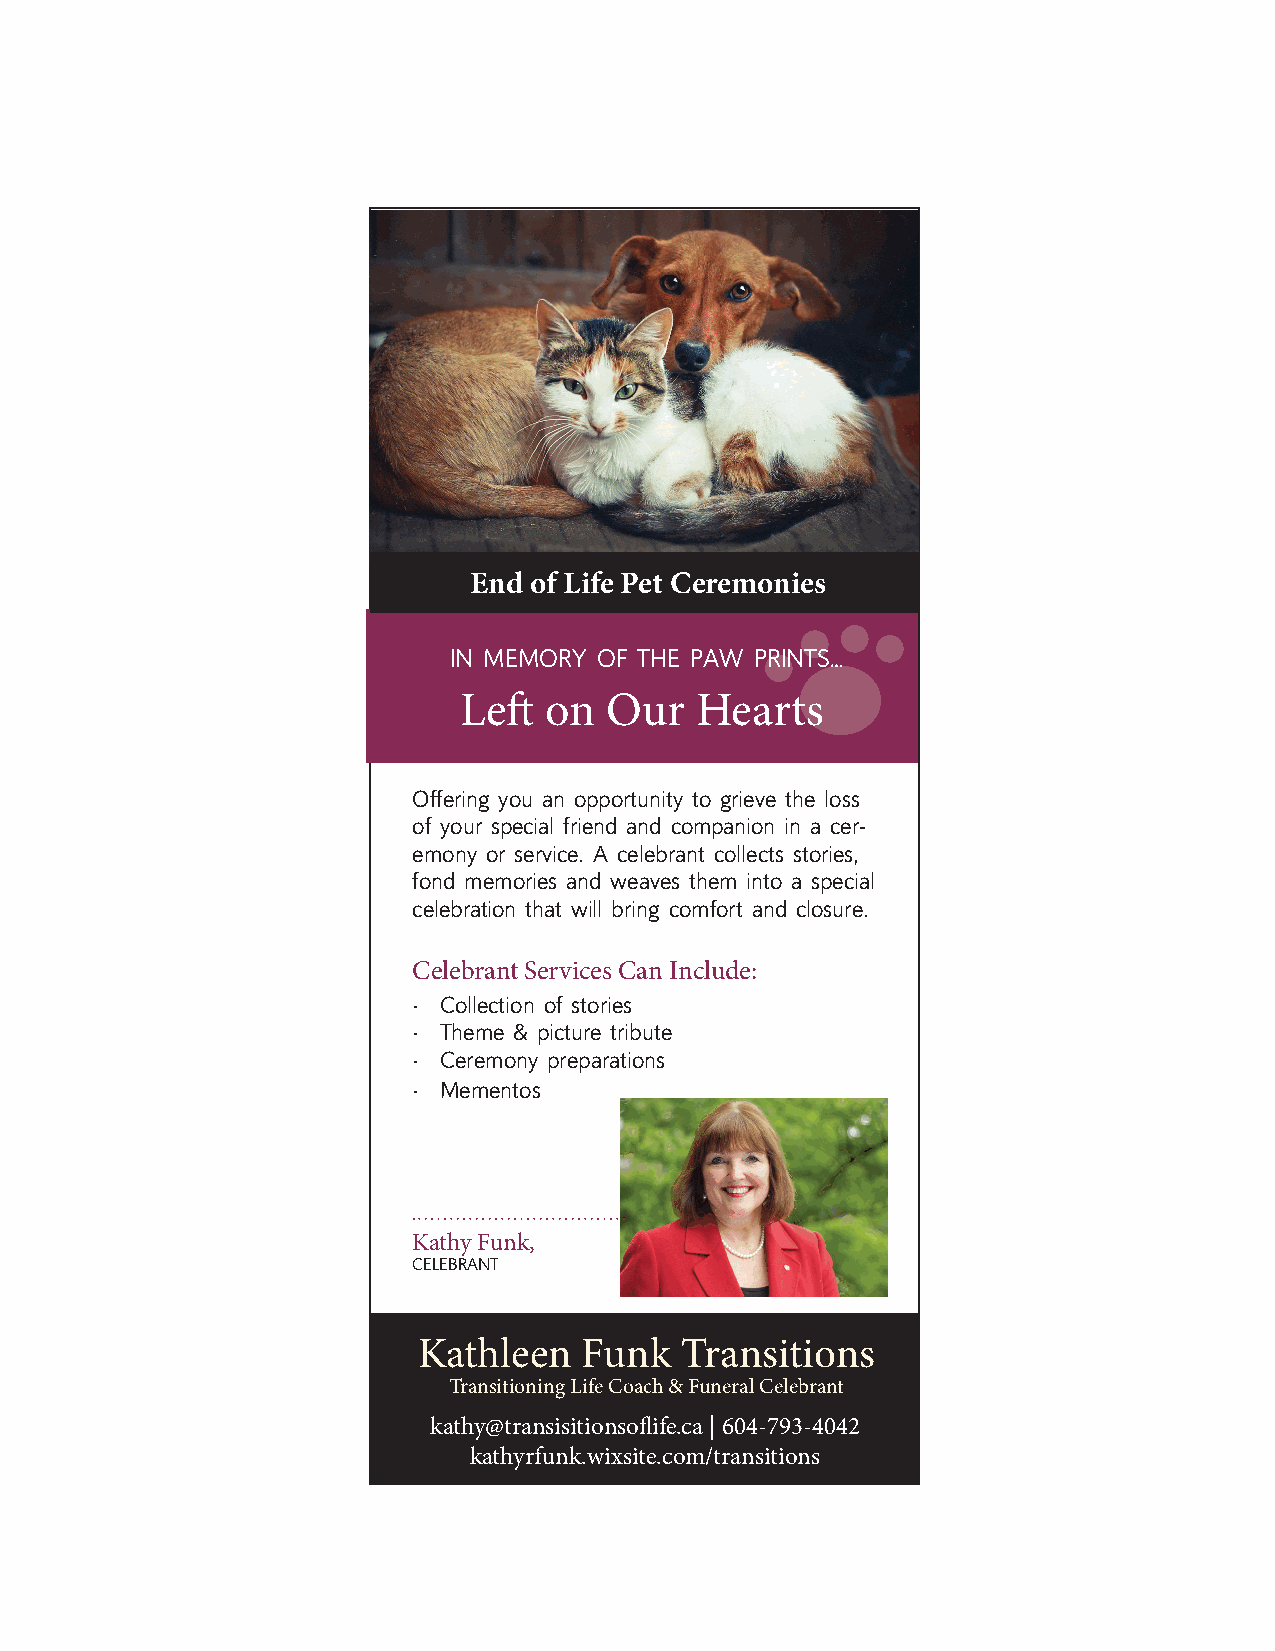
End of Life Pet Ceremonies
 IN MEMORY OF THE PAW PRINTS…
 Left  on  Our   Hearts
 Offering you an opportunity to grieve the loss
 of your special friend and companion in a cer-
 emony or service. A celebrant collects stories,
 fond memories and weaves them into a special
 celebration that will bring comfort and closure.
 Celebrant Services Can Include:
 · Collection of stories
 · Theme & picture tribute
 · Ceremony preparations
 · Mementos
 Kathy Funk,
 CELEBRANT
 Kathleen   Funk  Transitions
 Transitioning Life Coach & Funeral Celebrant
 kathy@transisitionsoflife.ca | 604-793-4042
 kathyrfunk.wixsite.com/transitions